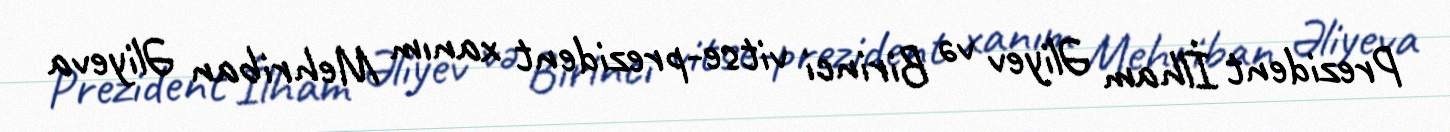
Prezident İlham Əliyev və Birinci vitse-prezident xanım Mehriban Əliyeva